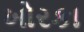
ખોરકા